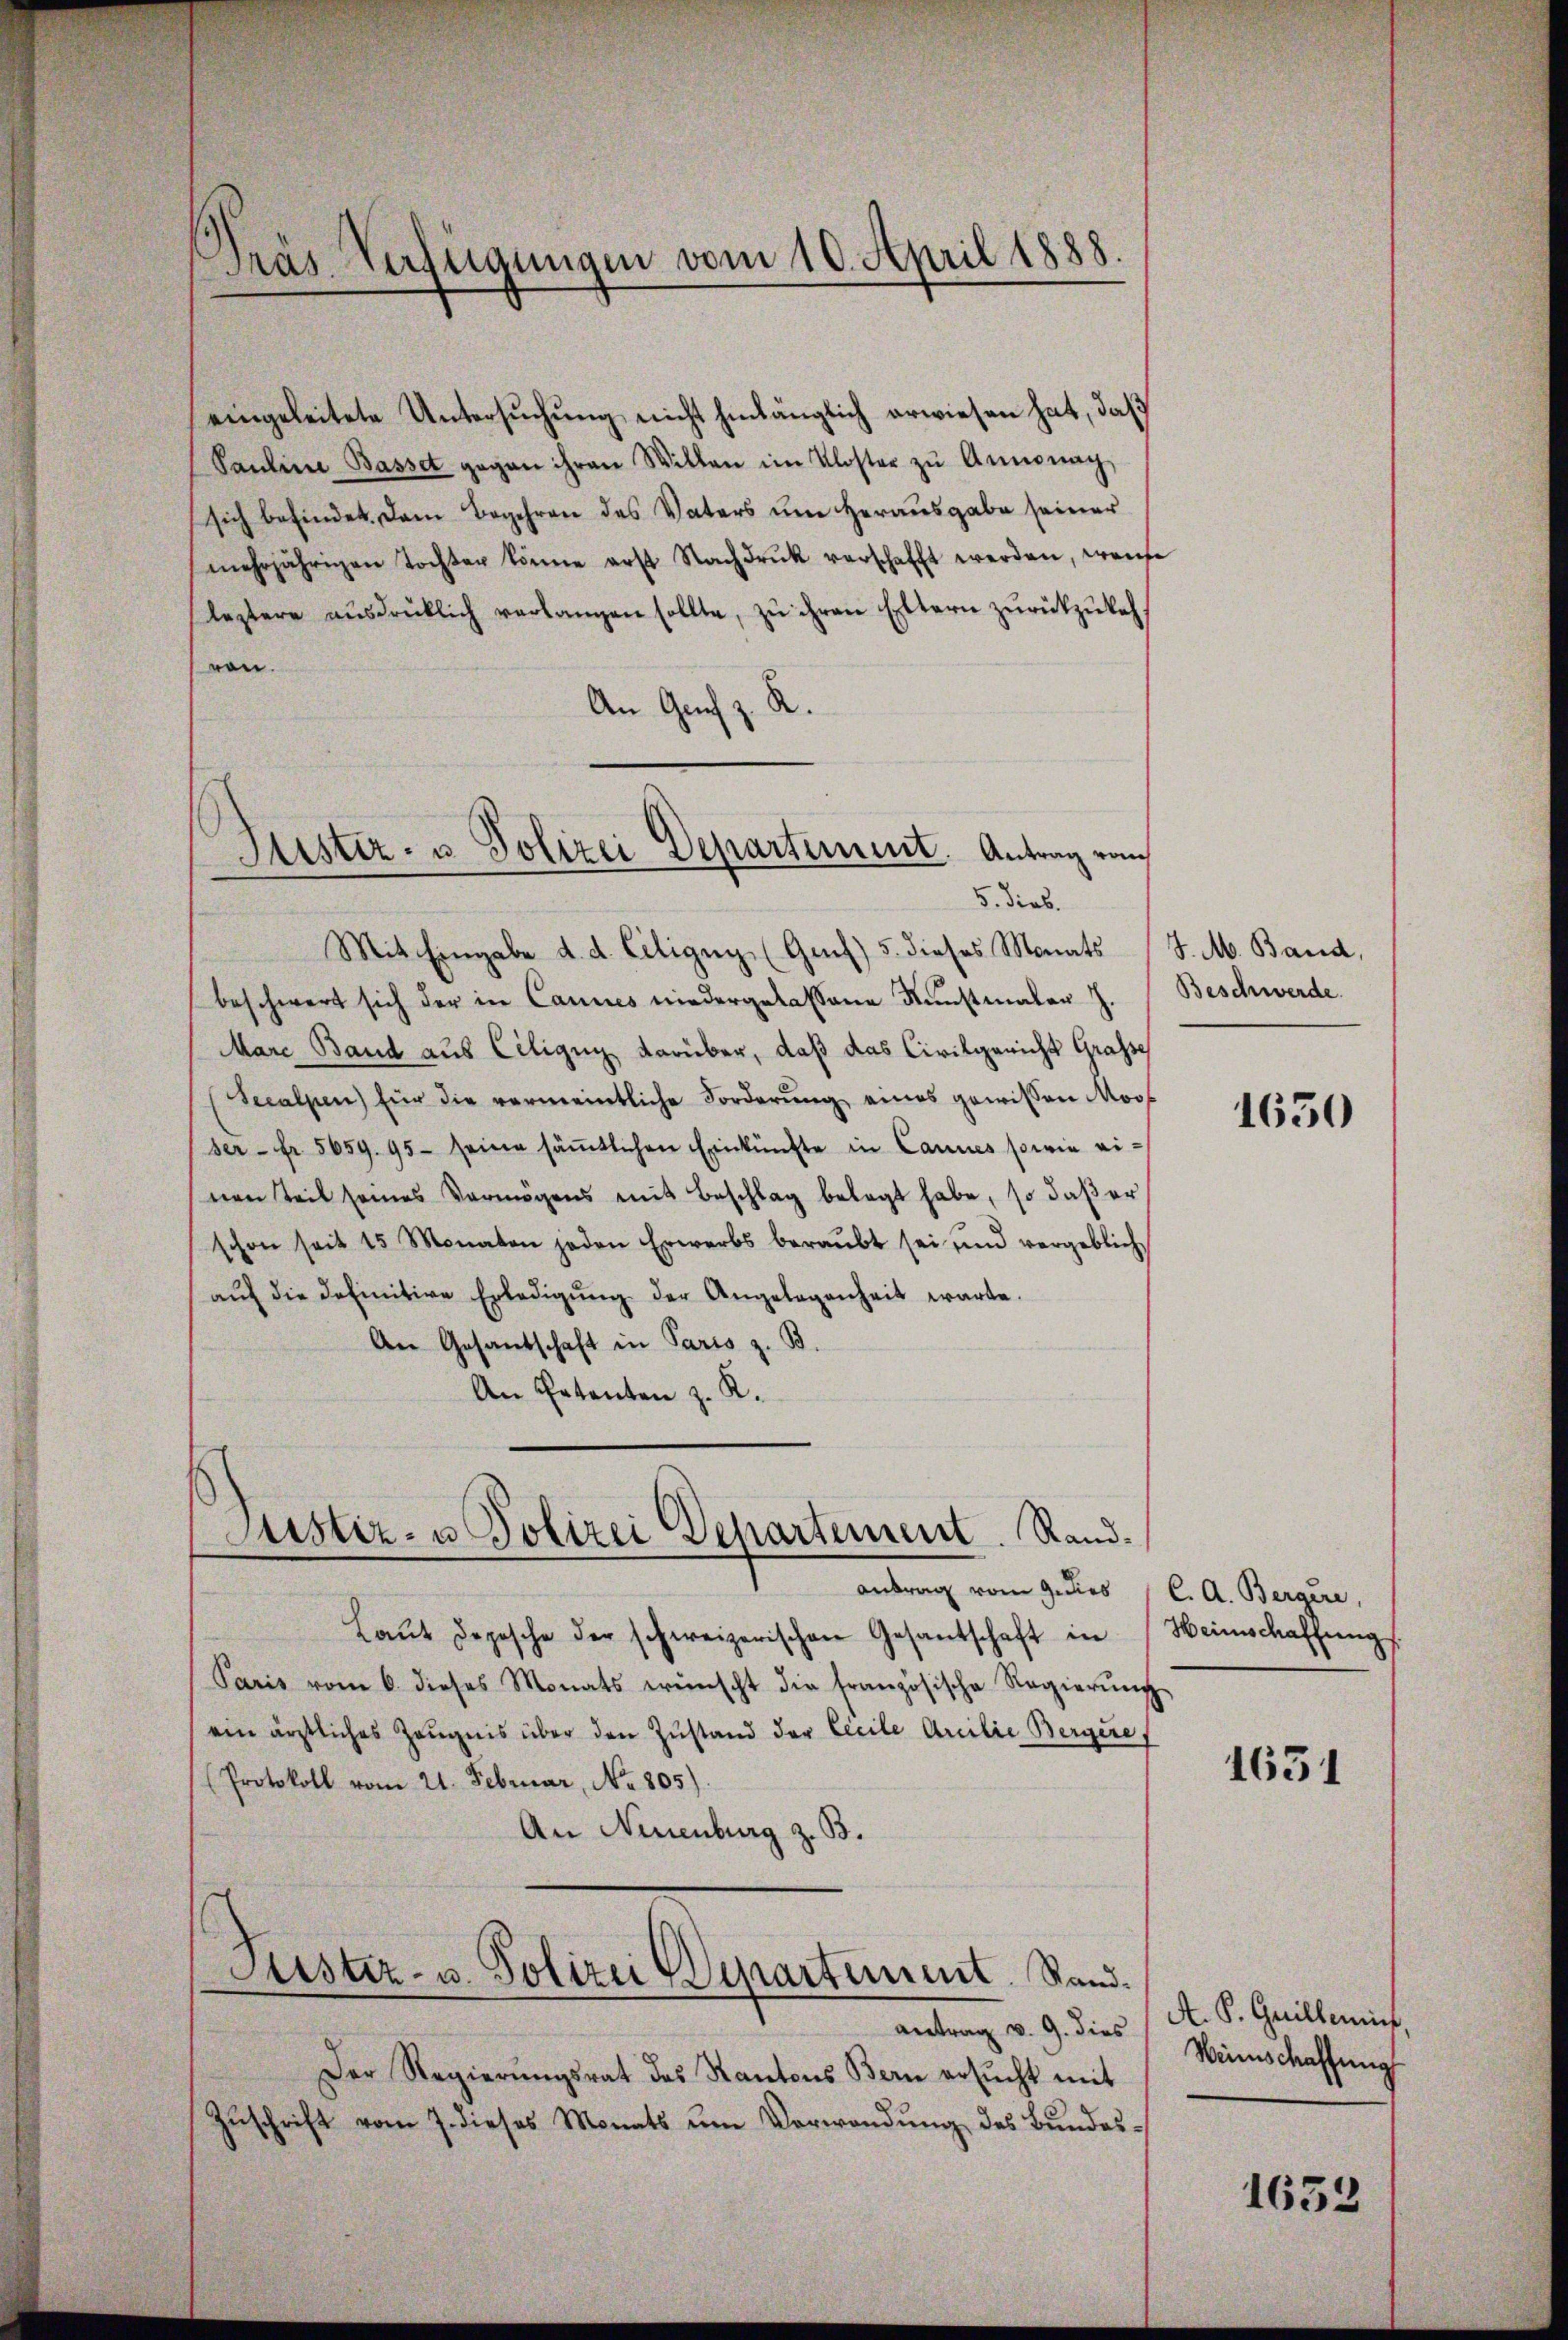
Präs Verfügungen vom 10. April 1888.

eingeleitete Untersuchung nicht hinlänglich erwiesen hat, daß
Paŭline Basset gegen ihren Willen im Kloster zŭ Anmonach,
sich befindet. Dem Begehren des Vaters um Herausgabe seiner
mehrjährigen Tochter könne erst Nachdrŭk verschafft werden, wense
leztere aŭsdrücklich verlangen sollte, zŭ ihren Eltern zŭrückzŭkehren.
An Genf z. R.
Mit Eingabe d. d. Ciligny (Genf) 5. dieses Monats
beschwert sich der in Cannes niedergelassene Kunstmaler J.
Mare Band aus Ciligii darüber, daß das Civilgericht Grafse
Secalpen) für die vermeintliche Forderung eines gewissen Moos
ser- fr. 5659. 95. seine säṁtlichen Einkünfte in Cannes sowie einen Teil seines Vermögens mit Beschlag belegt habe, so daβ er
schon seit 15 Monaten jeden Erwerbs beraubt sei und vergeblich
aŭf die definitive Erledigŭng der Angelegenheit warte.
An Gesandschaft in Paris z. B.
An Petenten z. K.

Fister- u Polizei Departement. Antrag vom
5. Dieb.

Justiz- u Polizei Departement. Rand¬

antrag vom Gedies (C. A. Bergere,
Laŭt Depesche der schweizerischen Gesantschaft in Heimschaffungs
Paris vom 6. dieses Monats wünscht die französische Regierŭng
ein ärztliches Zeugnis über den Zustand der Cecile Anilie Bergere
Protokoll vom 21. Februar, No. 805)
An Neuenburg z. B.
Puster- u. Polizei Departement. Stand.

antrag v. 9. dies
Der Regierŭngsrat des Kantons Bern ersŭcht mit
Zuschrift vom 7. dieses Monats um Verwendung des Bundes¬

J. M. Band,
Beschwerde.

1630

1651

A. P. Guillein,
Weinschaffung

1633